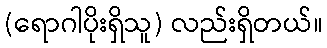
(ရောဂါပိုးရှိသူ) လည်းရှိတယ်။